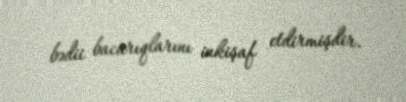
bədii bacarıqlarını inkişaf etdirmişdir.